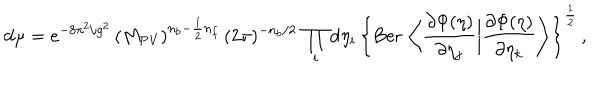
LaTeX: \mathrm { d } \mu = e ^ { - 8 \pi ^ { 2 } / g ^ { 2 } } \, ( M _ { \mathrm { P V } } ) ^ { n _ { b } - \frac { 1 } { 2 } n _ { f } } \, ( 2 \pi ) ^ { - n _ { b } / 2 } \, \prod _ { i } \mathrm { d } \eta _ { i } \, \left\{ \mathrm { B e r } \, \left\langle \frac { \partial \Phi ( \eta ) } { \partial \eta _ { j } } \bigg | \frac { \partial \Phi ( \eta ) } { \partial \eta _ { k } } \right\rangle \right\} ^ { \frac { 1 } { 2 } } \, ,